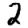
Digit: 2